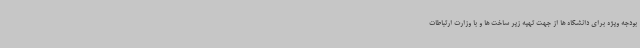
بودجه ویژه برای دانشگاه ها از جهت تهیه زیر ساخت ها و با وزارت ارتباطات